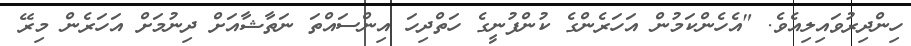
ހިންދިރުވައިލިއެވެ. "އެހެންކަމުން އަހަރެންގެ ކުންފުނީގެ ހަތްދިހަ އިންސައްތަ ނަތާޝާއަށް ދިނުމަށް އަހަރެން މިރޭ